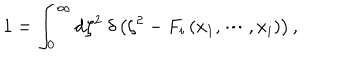
1 = \int _ { 0 } ^ { \infty } \mathrm { d } \zeta ^ { 2 } ~ \delta \left( \zeta ^ { 2 } - F _ { i } \left( x _ { 1 } , \cdots , x _ { i } \right) \right) ,